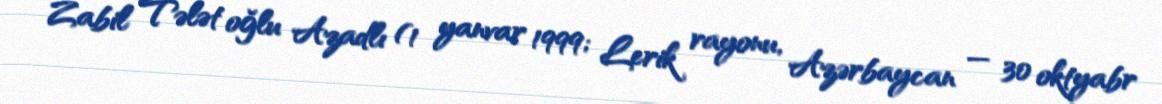
Zabil Tələt oğlu Azadlı (1 yanvar 1999; Lerik rayonu, Azərbaycan — 30 oktyabr